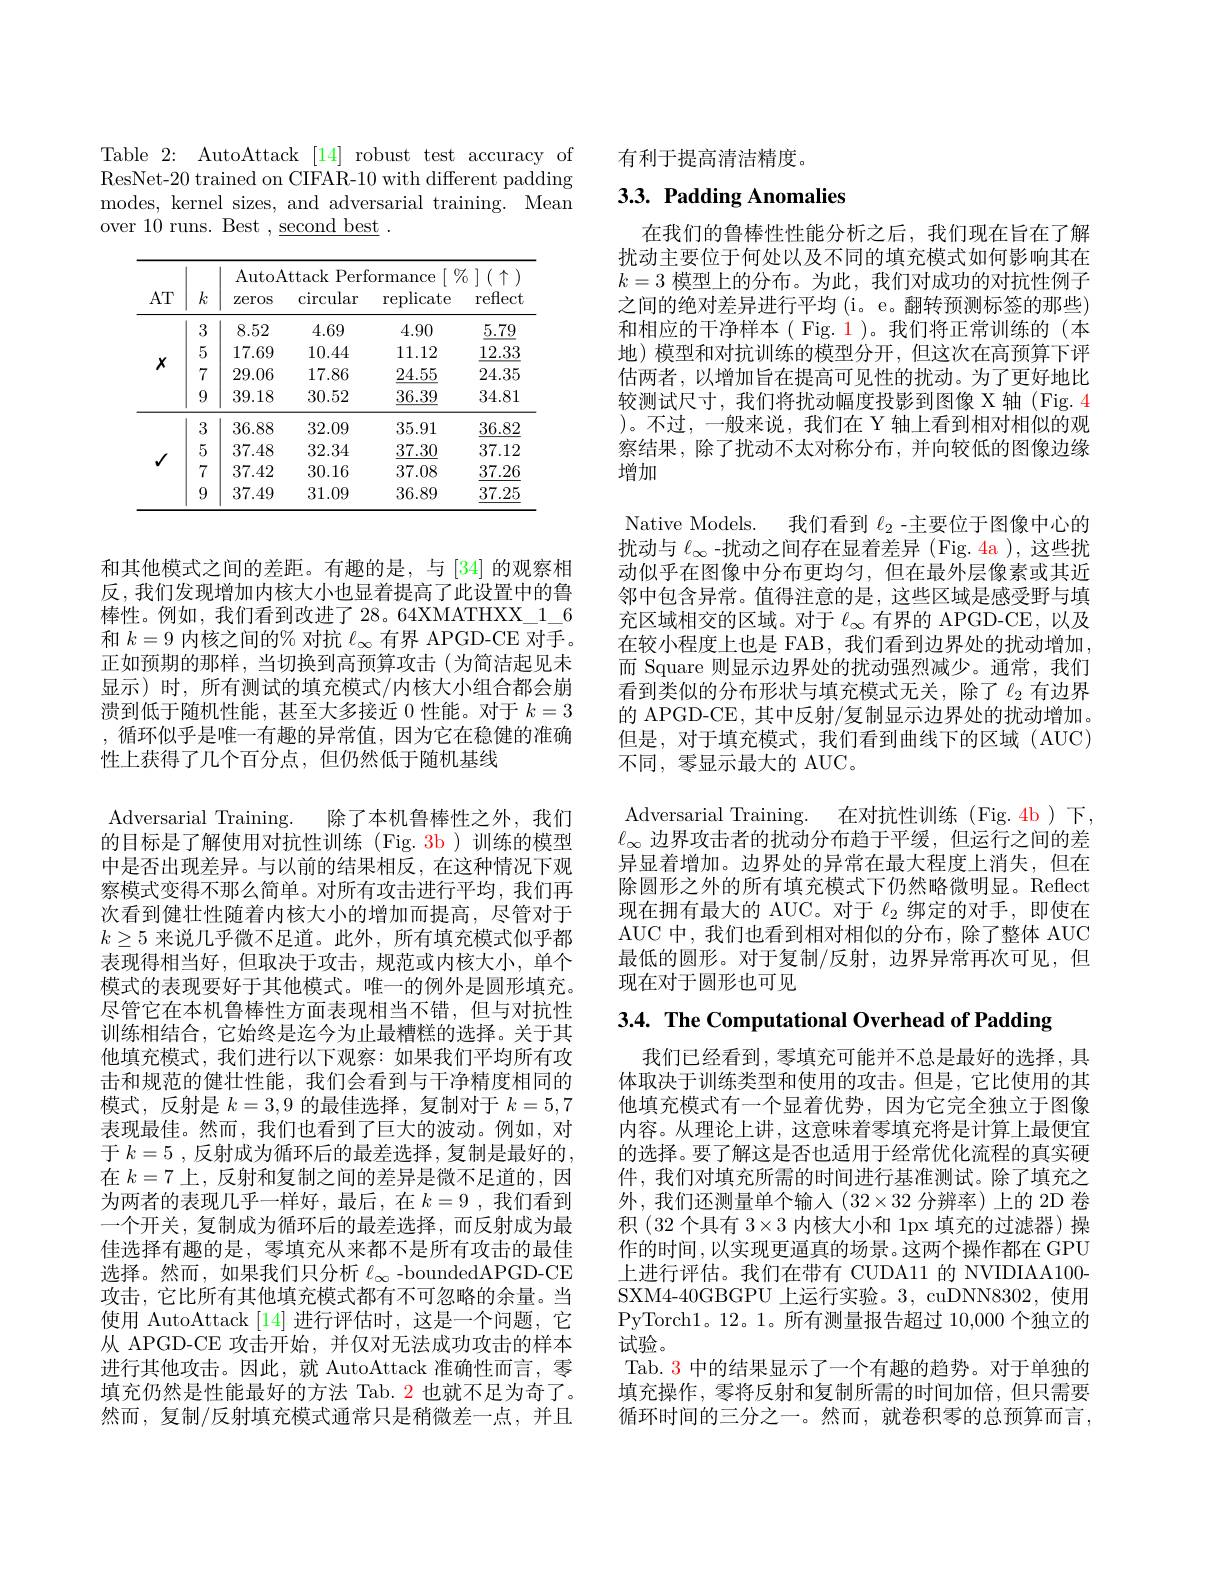
Table 2: AutoAttack [14] robust test accuracy of ResNet-20 trained on CIFAR-10 with different padding modes, kernel sizes, and adversarial training. Mean over 10 runs. Best $,\underline{\mathrm{second~best}}.$

<table>
	<tbody>
		<tr>
			<th rowspan="2">$AT$</th>
			<th rowspan="2">$k$</th>
			<th colspan="4">AutoAttack Performance $\%$</th>
		</tr>
		<tr>
			<th>zeros</th>
			<th>$\operatorname{circular}$</th>
			<th>$\operatorname{replicate}$</th>
			<th>reflect</th>
		</tr>
		<tr>
			<td rowspan="4">$X$</td>
			<td>3</td>
			<td>8.52</td>
			<td>4.69</td>
			<td>4.90</td>
			<td>5.79</td>
		</tr>
		<tr>
			<td>5</td>
			<td>17.69</td>
			<td>10.44</td>
			<td>11.12</td>
			<td>12.33</td>
		</tr>
		<tr>
			<td>7</td>
			<td>29.06</td>
			<td>17.86</td>
			<td>24.55</td>
			<td>24.35</td>
		</tr>
		<tr>
			<td>9</td>
			<td>39.18</td>
			<td>30.52</td>
			<td>$\underline{36.39}$</td>
			<td>34.81</td>
		</tr>
		<tr>
			<td rowspan="4">$√$</td>
			<td>3</td>
			<td>36.88</td>
			<td>32.09</td>
			<td>35.91</td>
			<td>$\underline{36.82}$</td>
		</tr>
		<tr>
			<td>5</td>
			<td>37.48</td>
			<td>32.34</td>
			<td>37.30</td>
			<td>37.12</td>
		</tr>
		<tr>
			<td>7</td>
			<td>37.42</td>
			<td>30.16</td>
			<td>37.08</td>
			<td>37.26</td>
		</tr>
		<tr>
			<td>9</td>
			<td>37.49</td>
			<td>31.09</td>
			<td>36.89</td>
			<td>37.25</td>
		</tr>
	</tbody>
</table>

和其他模式之间的差距。有趣的是，与[34] 的观察相反，我们发现增加内核大小也显着提高了此设置中的鲁棒性。例如，我们看到改进了 28。64XMATHXX\_1\_6和$k=9$内核之间的% 对抗$\ell_\infty$有界 APGD-CE 对手。正如预期的那样，当切换到高预算攻击(为简洁起见未显示)时，所有测试的填充模式/内核大小组合都会崩溃到低于随机性能，甚至大多接近 0 性能。对于$k=3$ ,循环似乎是唯一有趣的异常值，因为它在稳健的准确性上获得了几个百分点，但仍然低于随机基线
Adversarial Training. 除了本机鲁棒性之外，我们的目标是了解使用对抗性训练(Fig.3b)训练的模型中是否出现差异。与以前的结果相反，在这种情况下观察模式变得不那么简单。对所有攻击进行平均，我们再次看到健壮性随着内核大小的增加而提高，尽管对于$k\geq5$来说几乎微不足道。此外，所有填充模式似乎都表现得相当好，但取决于攻击，规范或内核大小，单个模式的表现要好于其他模式。唯一的例外是圆形填充。尽管它在本机鲁棒性方面表现相当不错，但与对抗性训练相结合，它始终是迄今为止最糟糕的选择。关于其他填充模式，我们进行以下观察：如果我们平均所有攻击和规范的健壮性能，我们会看到与干净精度相同的模式，反射是$k=3,9$的最佳选择，复制对于$k=5,7$ 表现最佳。然而，我们也看到了巨大的波动。例如，对于 $k= 5$ , 反射成为循环后的最差选择，复制是最好的， 在$k=7$上，反射和复制之间的差异是微不足道的，因为两者的表现几乎一样好，最后，在$k=9$ ,我们看到一个开关，复制成为循环后的最差选择，而反射成为最佳选择有趣的是，零填充从来都不是所有攻击的最佳选择。然而，如果我们只分析$\ell_\infty$ -boundedAPGD-CE 攻击，它比所有其他填充模式都有不可忽略的余量。当使用 AutoAttack [14] 进行评估时，这是一个问题，它从 APGD-CE 攻击开始，并仅对无法成功攻击的样本进行其他攻击。因此，就 AutoAttack 准确性而言，零填充仍然是性能最好的方法 Tab. 2 也就不足为奇了。然而，复制/反射填充模式通常只是稍微差一点，并且

有利于提高清洁精度。

# $3. 3. \textbf{ Padding Anomalies}$

在我们的鲁棒性性能分析之后，我们现在旨在了解扰动主要位于何处以及不同的填充模式如何影响其在$k=3$模型上的分布。为此，我们对成功的对抗性例子之间的绝对差异进行平均 (i。e。翻转预测标签的那些) 和相应的干净样本( Fig. 1)。我们将正常训练的(本地)模型和对抗训练的模型分开，但这次在高预算下评估两者，以增加旨在提高可见性的扰动。为了更好地比较测试尺寸，我们将扰动幅度投影到图像 X 轴 (Fig.4 )。不过，一般来说，我们在 Y 轴上看到相对相似的观察结果，除了扰动不太对称分布，并向较低的图像边缘增加

Native Models. 我们看到$\ell_{2}$ -主要位于图像中心的扰动与$\ell_\infty$ -扰动之间存在显着差异 (Fig. 4a ),这些扰动似乎在图像中分布更均匀，但在最外层像素或其近邻中包含异常。值得注意的是，这些区域是感受野与填充区域相交的区域。对于$\ell_\infty$有界的 APGD-CE, 以及在较小程度上也是 FAB, 我们看到边界处的扰动增加而 Square 则显示边界处的扰动强烈减少。通常，我们看到类似的分布形状与填充模式无关，除了$\ell_{2}$有边界的 APGD-CE, 其中反射/复制显示边界处的扰动增加。但是，对于填充模式，我们看到曲线下的区域(AUC) 不同，零显示最大的 AUC。
Adversarial Training. 在对抗性训练(Fig.4b)下， $\ell_{\infty}$边界攻击者的扰动分布趋于平缓，但运行之间的差异显着增加。边界处的异常在最大程度上消失，但在除圆形之外的所有填充模式下仍然略微明显。Reflect 现在拥有最大的 AUC。对于$\ell_2$绑定的对手，即使在AUC 中，我们也看到相对相似的分布，除了整体 AUC 最低的圆形。对于复制/反射，边界异常再次可见，但现在对于圆形也可见

3.4. The Computational Overhead of Padding

我们已经看到，零填充可能并不总是最好的选择，具体取决于训练类型和使用的攻击。但是，它比使用的其他填充模式有一个显着优势，因为它完全独立于图像内容。从理论上讲，这意味着零填充将是计算上最便宜的选择。要了解这是否也适用于经常优化流程的真实硬件，我们对填充所需的时间进行基准测试。除了填充之外，我们还测量单个输入(32$\times32 分辨率)上的 2D 卷$ 积 (32 个具有$3\times3$内核大小和 1px 填充的过滤器)操作的时间，以实现更逼真的场景。这两个操作都在 GPU 上进行评估。我们在带有 CUDA11 的 NVIDIAA100- SXM4-40GBGPU 上运行实验。3, cuDNN8302,使用PyTorch1。12。1。所有测量报告超过 10,000 个独立的试验。
Tab. 3 中的结果显示了一个有趣的趋势。对于单独的填充操作，零将反射和复制所需的时间加倍，但只需要循环时间的三分之一。然而，就卷积零的总预算而言，